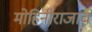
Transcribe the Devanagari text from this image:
मोहिनीराजाचं